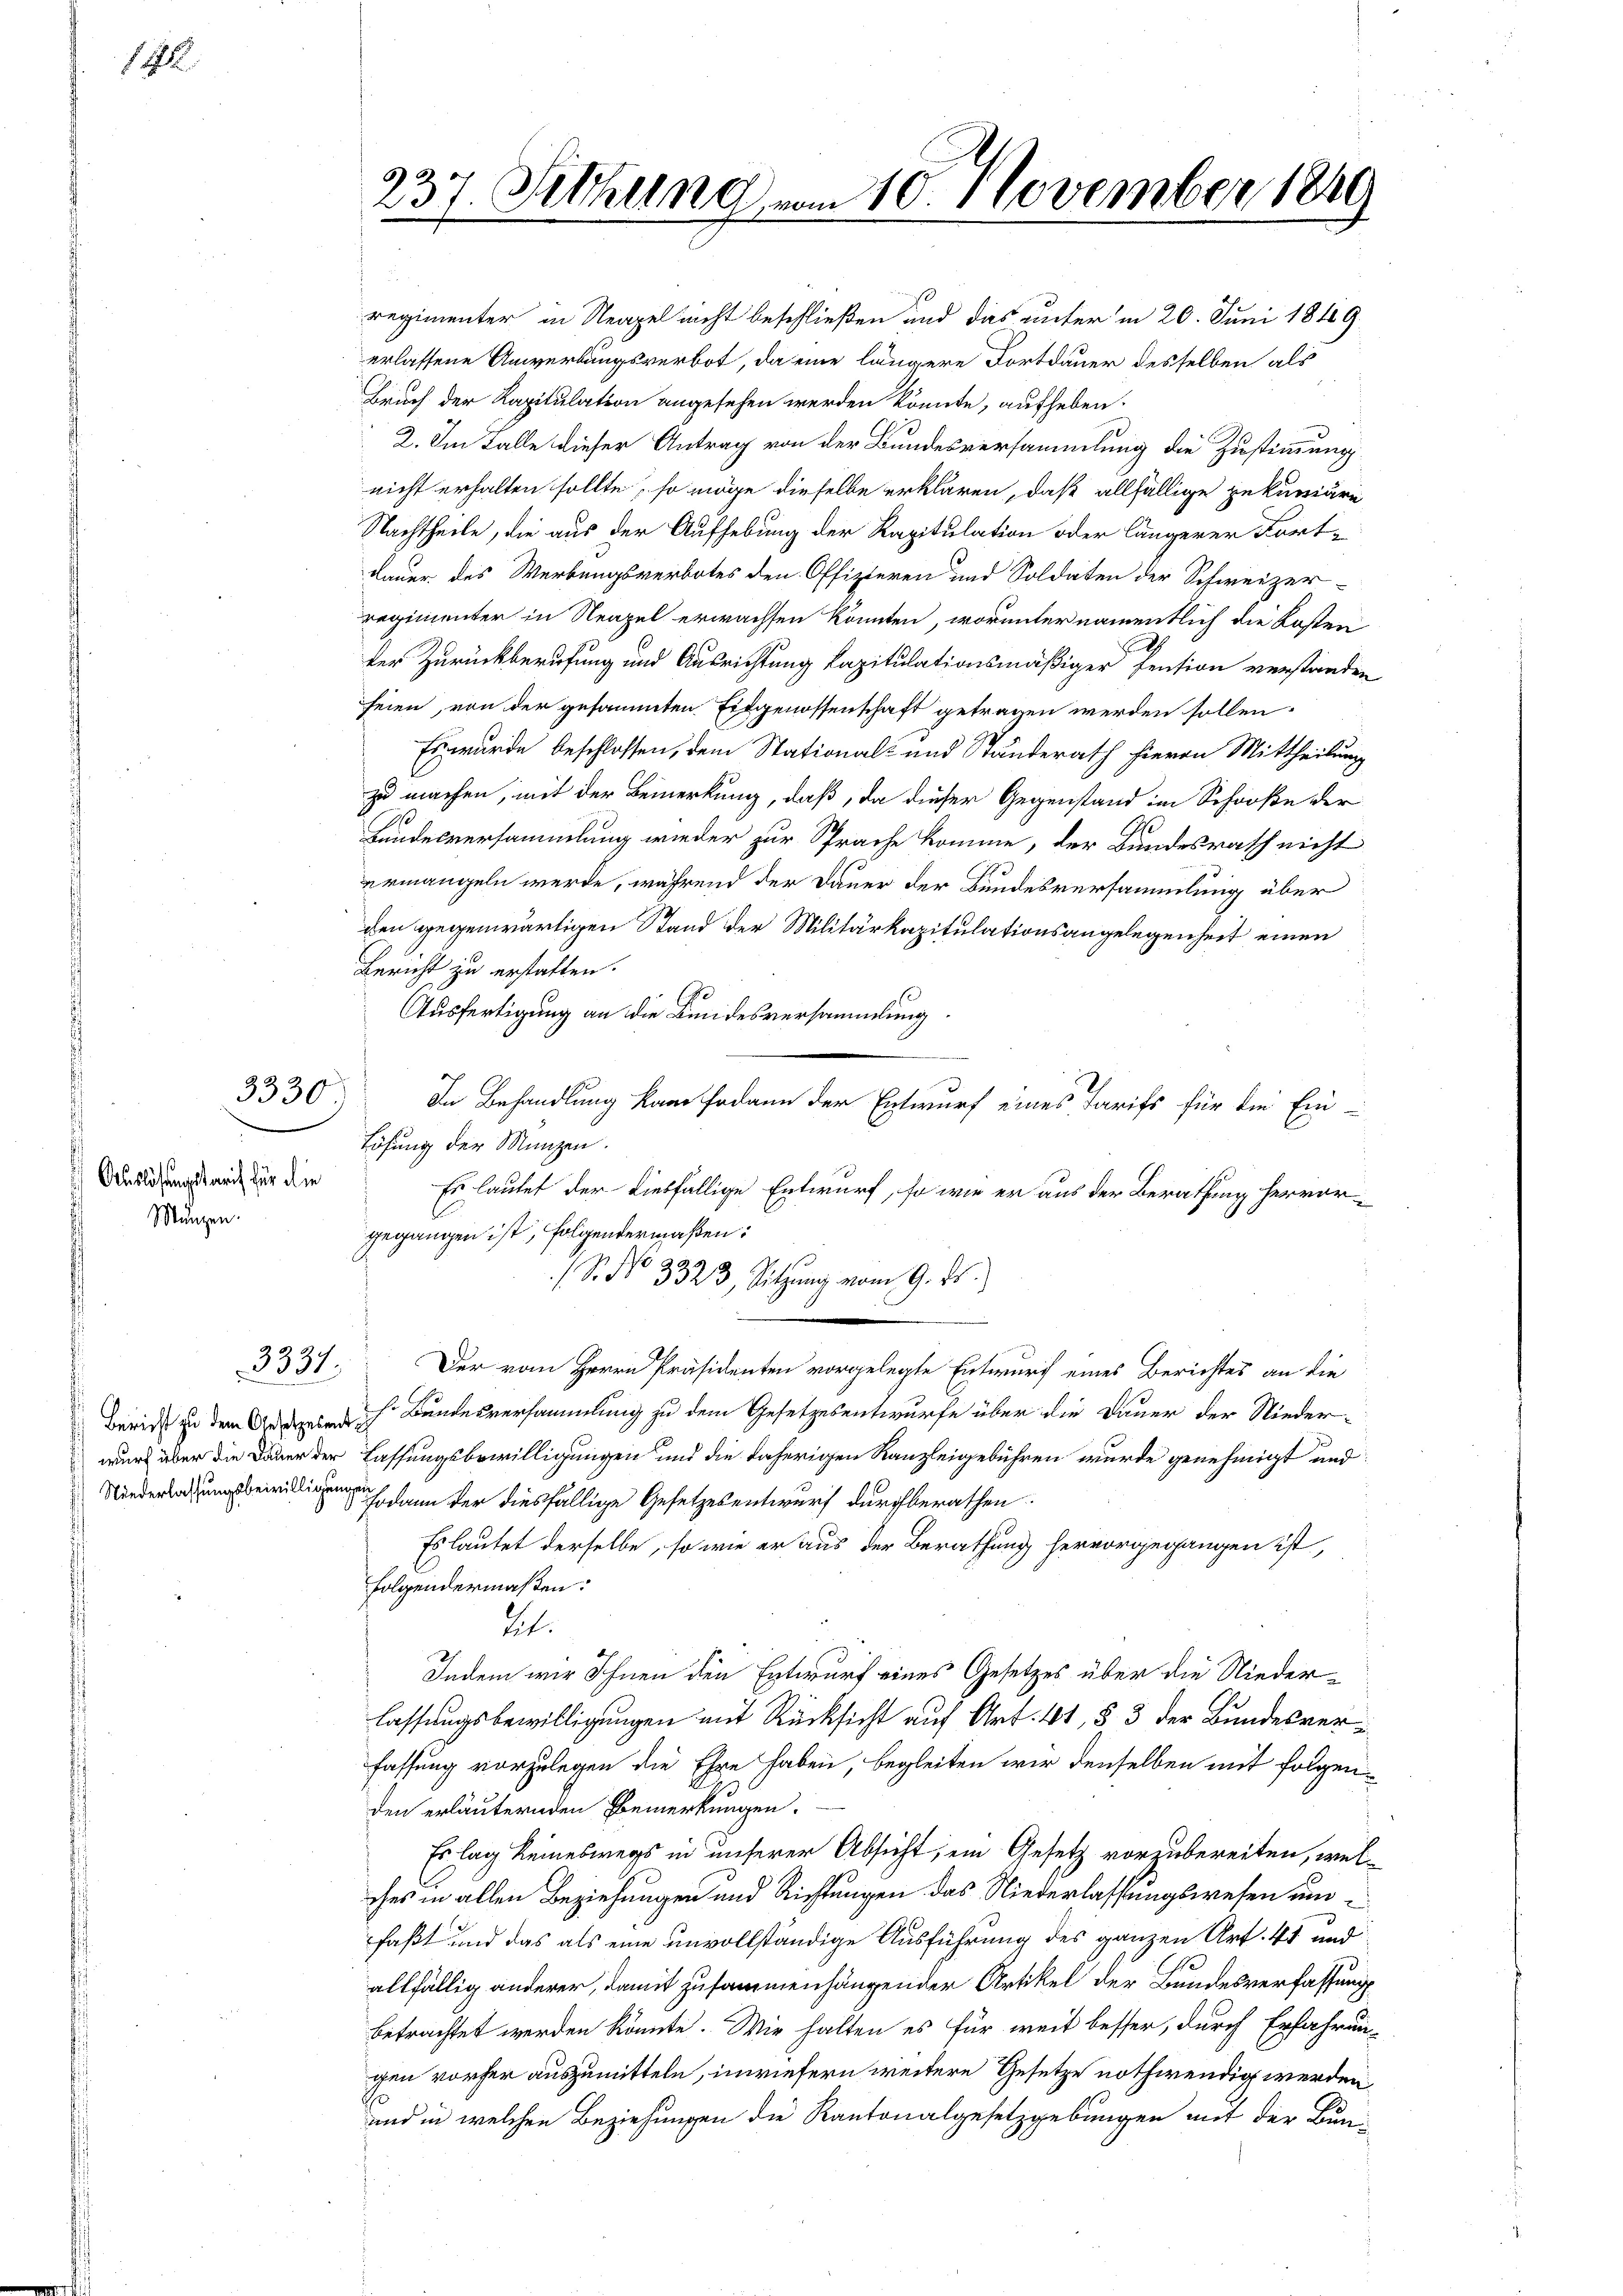
18

Auslösungstarif für die

Münzen.

3330.

3331.

Bericht zu dem Gesetzesent
Niederlassungsbewilligungen

s
regimenter in Neapel nicht beschließen und das unter in 20. Juni 1849
erlassene Anwerbungsverbot, da eine längere Fortdauer desselben als
Bruch der Kapitulation angesehen werden könnte, aufheben.
2. Im Falle dieser Antrag von der Bundesversammlung die Zustimmung
nicht erhalten sollte, so möge dieselbe erklären, daß allfällige gekuniäre
Nachtheile, die aus der Aufhebung der Kapitulation oder längerer Fort-
dauer des Werbungsverbotes den Offizieren und Soldaten der Schweizer-
regimenter in Neapel erwachsen könnten, worunter namentlich die Kosten
ter Zurückberufung und Ausrichtung kapitulationsmäßiger Pension verstanden
seien, von der gesammten Eidgenossenschaft getragen werden sollen.
Es wurde beschlossen, dem Stational- und Ständerath hievon Mittheilung
zu machen, mit der Bemerkung, daß, da dieser Gegenstand im Schooße der
Bundesversammlung wieder zur Sprache komme, der Bundesrath nicht
ermangeln werde, während der Dauer der Bundesversammlung über
den gegenwärtigen Stand der Militärkapitulationsangelegenheit einen
Bericht zu erstatten.
Ausfertigung an die Bundesversammlung.
In Behandlung kam sodann der Entwurf eines Tarifs für die Einhöhung der Münzen.
Es lautet der diesfällige Entwurf, so wie er aus der Berathung hervor-
gegangen ist, folgendermaßen:
1. No 3323, Sitzung vom 9. ds.
Der vom Herrn Präsidenten vorgelegte Entwurf eines Berichtes an die
h. Bundesversammlung zu dem Gesetzesentwurfe über die Dauer der Nieder-
wur über die Dauer der Lassungsbewilligungen und die daherigen Kanzleigebühren wurde genehmigt und
Fodann der diesfällige Gesetzesentwurf durchberathen.
gen
Es lautet derselbe, so wie er aus der Berathung hervorgegangen ist,
folgendermaßen:
2.
Indem wir Ihnen den Entwurf eines Gesetzes über die Niederlassungsbewilligungen mit Rücksicht auf Art. 41, § 3 der Bundesverfassung vorzulegen die Ehre haben, begleiten wir denselben mit folgenden erläuternden Bemerkungen.
Es lag keineswegs in unserer Absicht, ein Gesetz vorzubereiten, welches in allen Beziehungen und Richtungen das Niederlassungswesen unfaßt und das als eine unvollständige Ausführung des ganzen Art. 41 und
allfällig anderer, damit zusammenhängender Artikel der Bundesverfassung
betrachtet werden könnte. Wir halten es für weit besser, durch Erfahrun-
gen vorher auszumitteln, inwiefern weitere Gesetze nothwendig werden
und in welchen Beziehungen die Kantonalgesetzgebungen mit der Bun¬

237. Setzung vom 10. November 1849

4